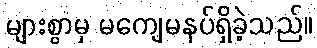
များစွာမှ မကျေမနပ်ရှိခဲ့သည်။